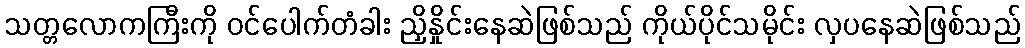
သတ္တလောကကြီးကို ဝင်ပေါက်တံခါး ညှိနှိုင်းနေဆဲဖြစ်သည် ကိုယ်ပိုင်သမိုင်း လှပနေဆဲဖြစ်သည်